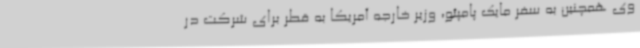
وی همچنین به سفر مایک پامپئو، وزیر خارجه آمریکا به قطر برای شرکت در